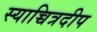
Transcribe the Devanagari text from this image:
स्याच्चित्रदीप